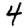
Digit: 4